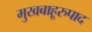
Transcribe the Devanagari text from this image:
मुखबाहूरुपाद